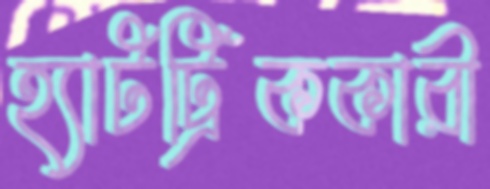
হ্যাটট্রিককারী